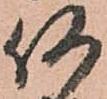
何